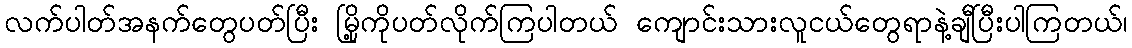
လက်ပါတ်အနက်တွေပတ်ပြီး မြို့ကိုပတ်လိုက်ကြပါတယ် ကျောင်းသားလူငယ်တွေရာနဲ့ချီပြီးပါကြတယ်၊